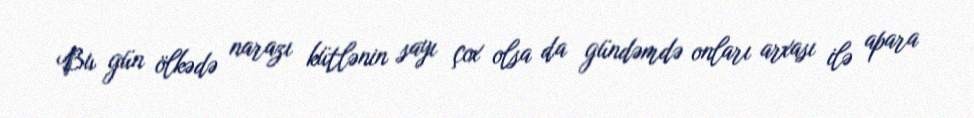
Bu gün ölkədə narazı kütlənin sayı çox olsa da gündəmdə onları arxası ilə apara